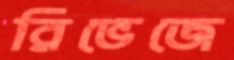
রিভেজে